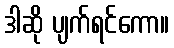
ဒါဆို ပျက်ရင်ကော။